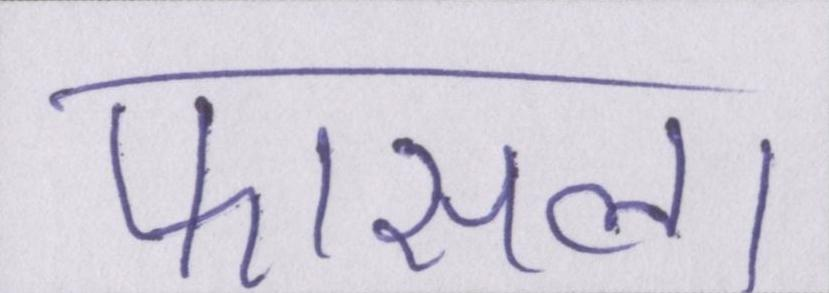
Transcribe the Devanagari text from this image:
फासला